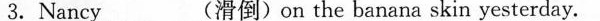
3.Nancy_(滑倒)on the banana skin yesterday.